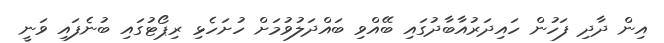
އިން ދާދި ފަހުން ހައިދަރުއާބާދުގައި ބޭއްވި ބައްދަލުވުމަށް ހުށަހެޅި ރިޕޯޓުގައި ބުނެފައި ވަނީ